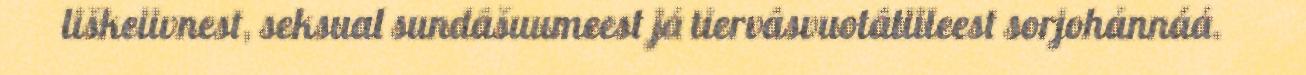
liškeiivnest, seksual sundâšuumeest já tiervâsvuotâtiileest sorjohánnáá.